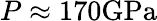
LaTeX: P\approx 170\mathrm{GPa}